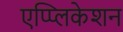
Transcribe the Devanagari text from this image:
एप्प्लिकेशन